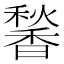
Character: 𬳠